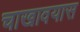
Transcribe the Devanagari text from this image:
चाखावयास